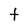
Character: t